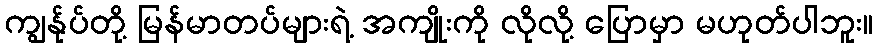
ကျွန်ုပ်တို့ မြန်မာတပ်များရဲ့ အကျိုးကို လိုလို့ ပြောမှာ မဟုတ်ပါဘူး။